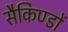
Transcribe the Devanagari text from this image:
सैकिण्डों